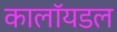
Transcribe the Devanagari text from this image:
कालॉयडल